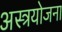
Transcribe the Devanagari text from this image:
अस्त्रयोजना